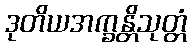
ဒုတိယအက္ခန္တိသုတ္တံ